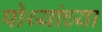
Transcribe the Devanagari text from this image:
पोथ्यांच्या